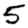
Digit: 5